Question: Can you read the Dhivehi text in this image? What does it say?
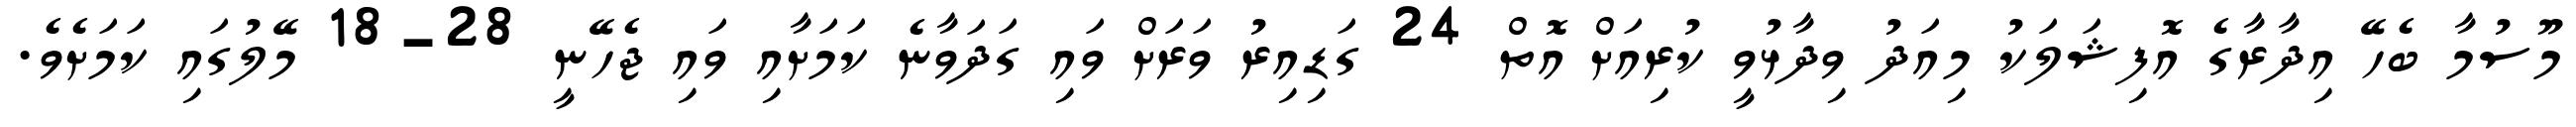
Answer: މޫސުމާ ބެހޭ އިދާރާގެ އޮފިޝަލަކު މިއަދު ވިދާޅުވީ ކުރިއަށް އޮތް 24 ގަޑިއިރު ވަރަށް ވައި ގަދަވާނެ ކަމަށާއި ވައި ޖެހޭނީ 28-18 މޭލުގައި ކަމަށެވެ.